Notes on the propagation and cultivation of the medicinal cinchonas, or Peruvian bark trees
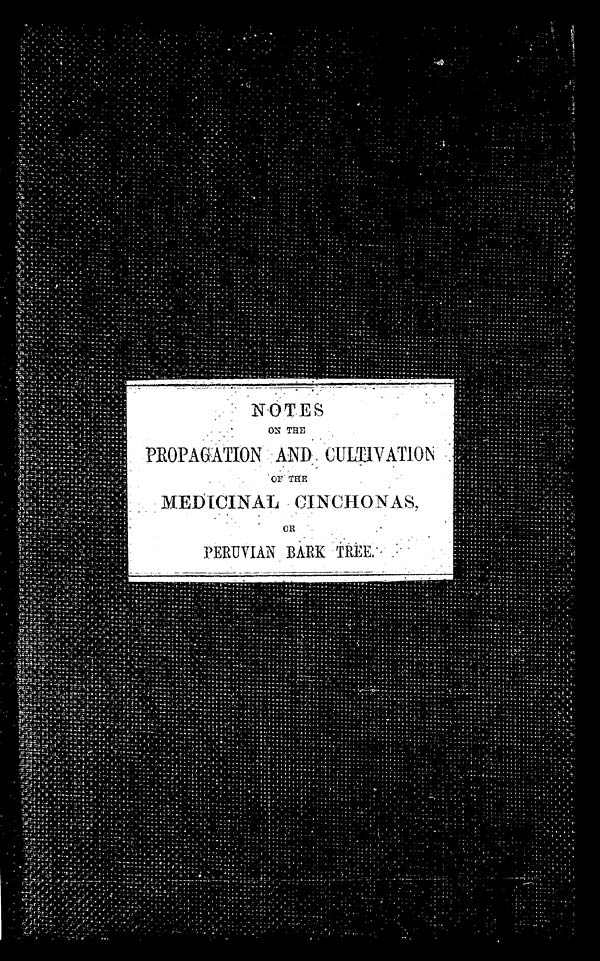
NOTES
ON THE
PROPAGATION AND CULTIVATION
OF THE
MEDICINAL CINCHONAS,
OR
PERUVIAN BARK TREE:.